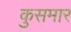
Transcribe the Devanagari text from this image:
कुसमार